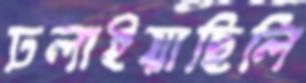
ঢলাইয়াছিলি